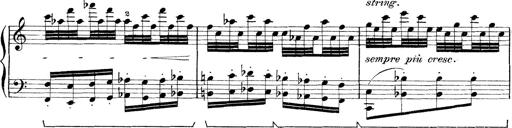
Title: Rapsodie: 19 ungheresi, 1 spagnuola
Composer: Franz Liszt